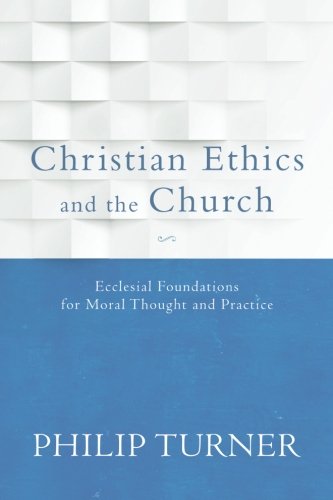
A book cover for Christian Ethics and the Church: Ecclesial Foundations for Moral Thought and Practice; Philip Turner; Christian Books & Bibles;